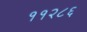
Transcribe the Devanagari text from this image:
११२८६